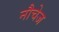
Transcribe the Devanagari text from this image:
नौचेज